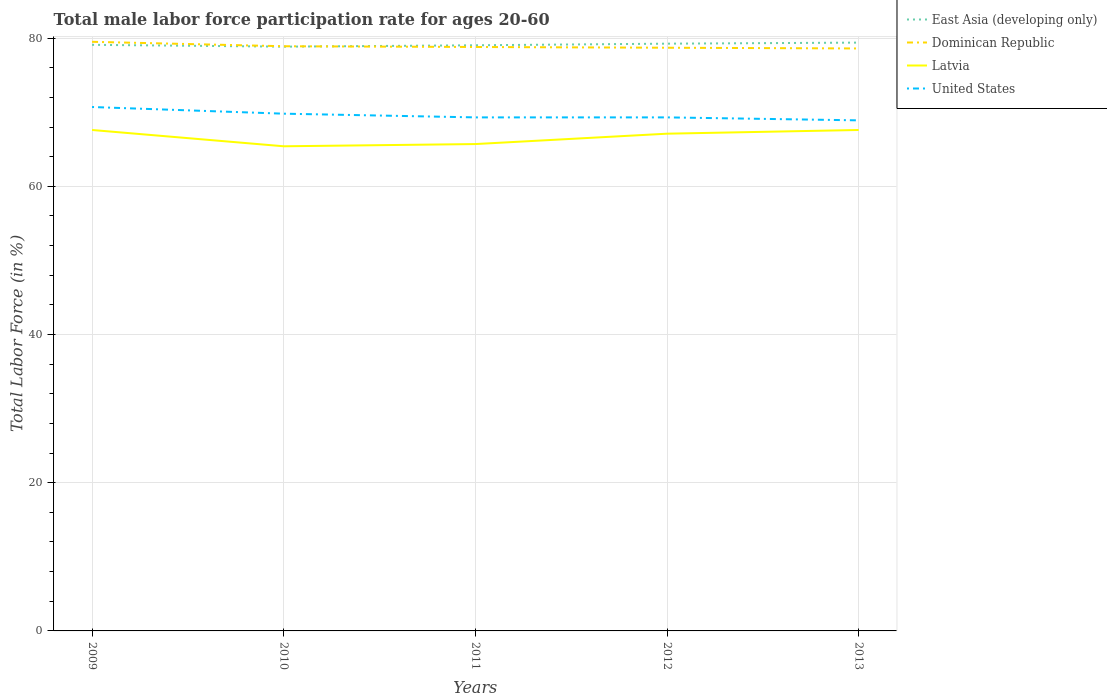
| Years | East Asia (developing only) | Dominican Republic | Latvia | United States |
 | --- | --- | --- | --- | --- |
 | 2009 | 79.1 | 79.5 | 67.6 | 70.7 |
 | 2010 | 78.8 | 78.9 | 65.4 | 69.8 |
 | 2011 | 79 | 78.8 | 65.7 | 69.3 |
 | 2012 | 79.2 | 78.7 | 67.1 | 69.3 |
 | 2013 | 79.4 | 78.6 | 67.6 | 68.9 |